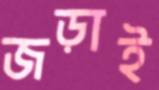
জড়াই